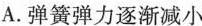
A. 弹簧弹力逐渐减小